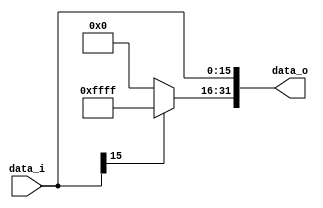
//Subject:     CO project 2 - Sign extend
//--------------------------------------------------------------------------------
//Version:     1
//--------------------------------------------------------------------------------
//Writer:    0511105   
//----------------------------------------------
//----------------------------------------------
//Description: 
//--------------------------------------------------------------------------------

module Sign_Extend(
    data_i,
    data_o
    );
               
//I/O ports
input   [16-1:0] data_i;
output  [32-1:0] data_o;

//Internal Signals
//reg     [32-1:0] data_o;

//Sign extended
assign data_o[31:16] = (data_i[15] == 0) ? 16'h0000 : 16'hffff;
assign data_o[15:0] = data_i[15:0];
          
endmodule